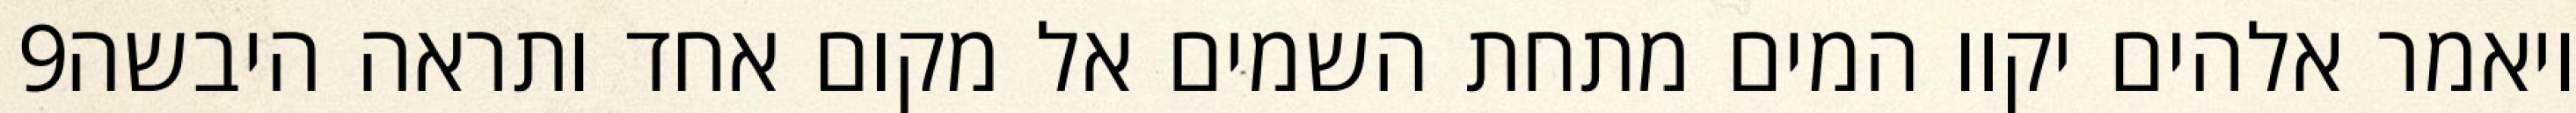
‎9‏ ויאמר אלהים יקוו המים מתחת השמים אל מקום אחד ותראה היבשה